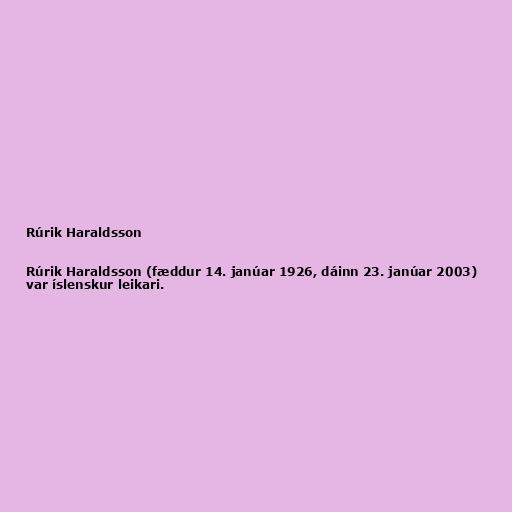
Rúrik Haraldsson

Rúrik Haraldsson (fæddur 14. janúar 1926, dáinn 23. janúar 2003)
var íslenskur leikari.